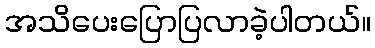
အသိပေးပြောပြလာခဲ့ပါတယ်။